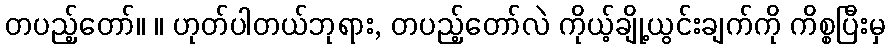
တပည့်တော်။ ။ ဟုတ်ပါတယ်ဘုရား, တပည့်တော်လဲ ကိုယ့်ချို့ယွင်းချက်ကို ကိစ္စပြီးမှ